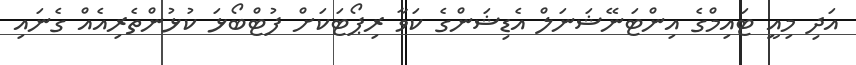
އަދި މިއީ ޓައިމްގެ އިންޓަނޭޝަނަލް އެޑިޝަންގެ ކަވާ ރިޕޯޓަކަށް ފުޓްބޯޅަ ކުޅުންތެރިއެއް ގެނައި